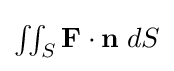
{\textstyle \iint _{S}\mathbf {F\cdot n} \;dS}